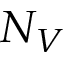
N _ { V }